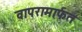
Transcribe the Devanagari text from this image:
वापरामार्फत